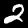
Digit: 2